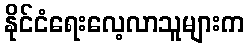
နိုင်ငံရေးလေ့လာသူများက